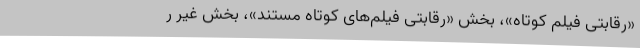
«رقابتی فیلم کوتاه»، بخش «رقابتی فیلم‌های کوتاه مستند»، بخش غیر ر